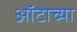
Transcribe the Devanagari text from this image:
ऑटोच्या